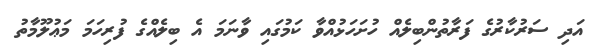
އަދި ސަރުކާރުގެ ފަރާތުންބިލެއް ހުށަހަޅުއްވާ ކަމުގައި ވާނަމަ އެ ބިލެއްގެ ފުރިހަމަ މަޢުލޫމާތު